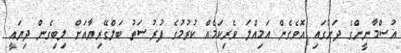
އުސްމާނީންގެ ދަށުގައި އޮވެގެން އަމިއްލަ ވެރިކަމެެއް ކުރުމުގެ ފުރުޞަތު ބަލްގޭރިޔާއަށް ލިބިގެން ދިޔައީ